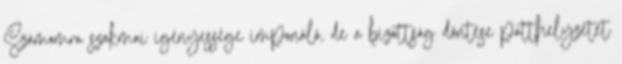
Számomra szakmai igényessége imponáló, de a bizottság döntése patthelyzetet